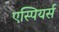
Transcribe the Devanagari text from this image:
एस्पियर्स